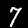
Digit: 7